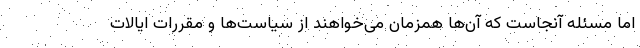
اما مسئله آنجاست که آن‌ها همزمان می‌خواهند از سیاست‌ها و مقررات ایالات